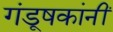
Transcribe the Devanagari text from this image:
गंडूषकांनीं